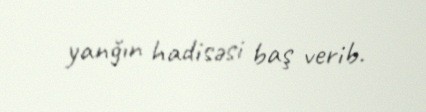
yanğın hadisəsi baş verib.